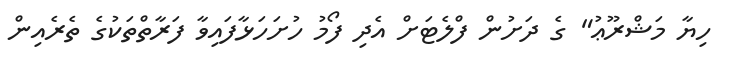
ހިޔާ މަޝްރޫޢު" ގެ ދަށުން ފްލެޓަށް އެދި ފޯމު ހުށަހަޅާފައިވާ ފަރާތްތަކުގެ ތެރެއިން